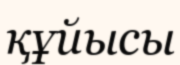
құйысы